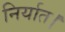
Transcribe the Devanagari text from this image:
निर्यात।